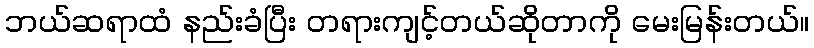
ဘယ်ဆရာထံ နည်းခံပြီး တရားကျင့်တယ်ဆိုတာကို မေးမြန်းတယ်။